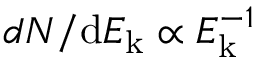
d N / { \mathrm { d } E _ { \mathrm { k } } } \propto E _ { \mathrm { k } } ^ { - 1 }